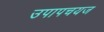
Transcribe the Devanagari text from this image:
उपापचयज